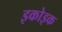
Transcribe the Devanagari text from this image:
इकोइक